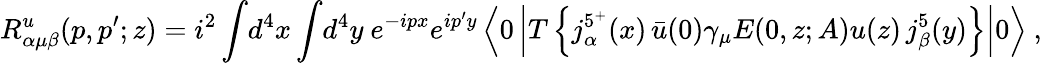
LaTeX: R_{\alpha\mu\beta}^{u}(p,p^{\prime};z)=i^{2}\int\! d^{4}x\int\! d^{4}y\ e^{-ipx}e^{ip^{\prime}y}\left\langle 0\left|T\left\{ j_{\alpha}^{5^{+}}(x)\, \bar{u}(0)\gamma_{\mu}E(0,z;A)u(z)\, j_{\beta}^{5}(y)\right\} \right|0\right\rangle\ ,